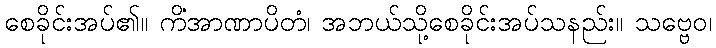
စေခိုင်းအပ်၏။ ကိံအာဏာပိတံ၊ အဘယ်သို့စေခိုင်းအပ်သနည်း။ သဗ္ဗေဝ၊